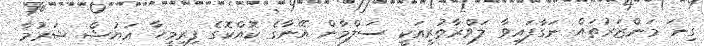
ގިނަ މަންޒަރުތައް ނަގާފައިވާ ލަވްރާތުރީއަކީ ސަލްމާން އޭނާގެ ކޮއްކޮގެ ފިރިމީހާ އަޔުޝް ޝަރުމާ